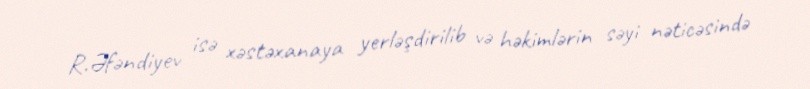
R.Əfəndiyev isə xəstəxanaya yerləşdirilib və həkimlərin səyi nəticəsində